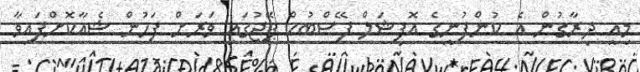
މިއީ ދިރާގުން އެ ކުންފުނީގެ އޮފިޝަލް ފޭސްބުކް ޕޭޖުގައި ވަރަށް ފަހުން ޝެއާކޮށްފައިވާ